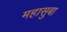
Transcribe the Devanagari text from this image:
महासुबा